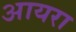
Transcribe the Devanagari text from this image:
आयरा